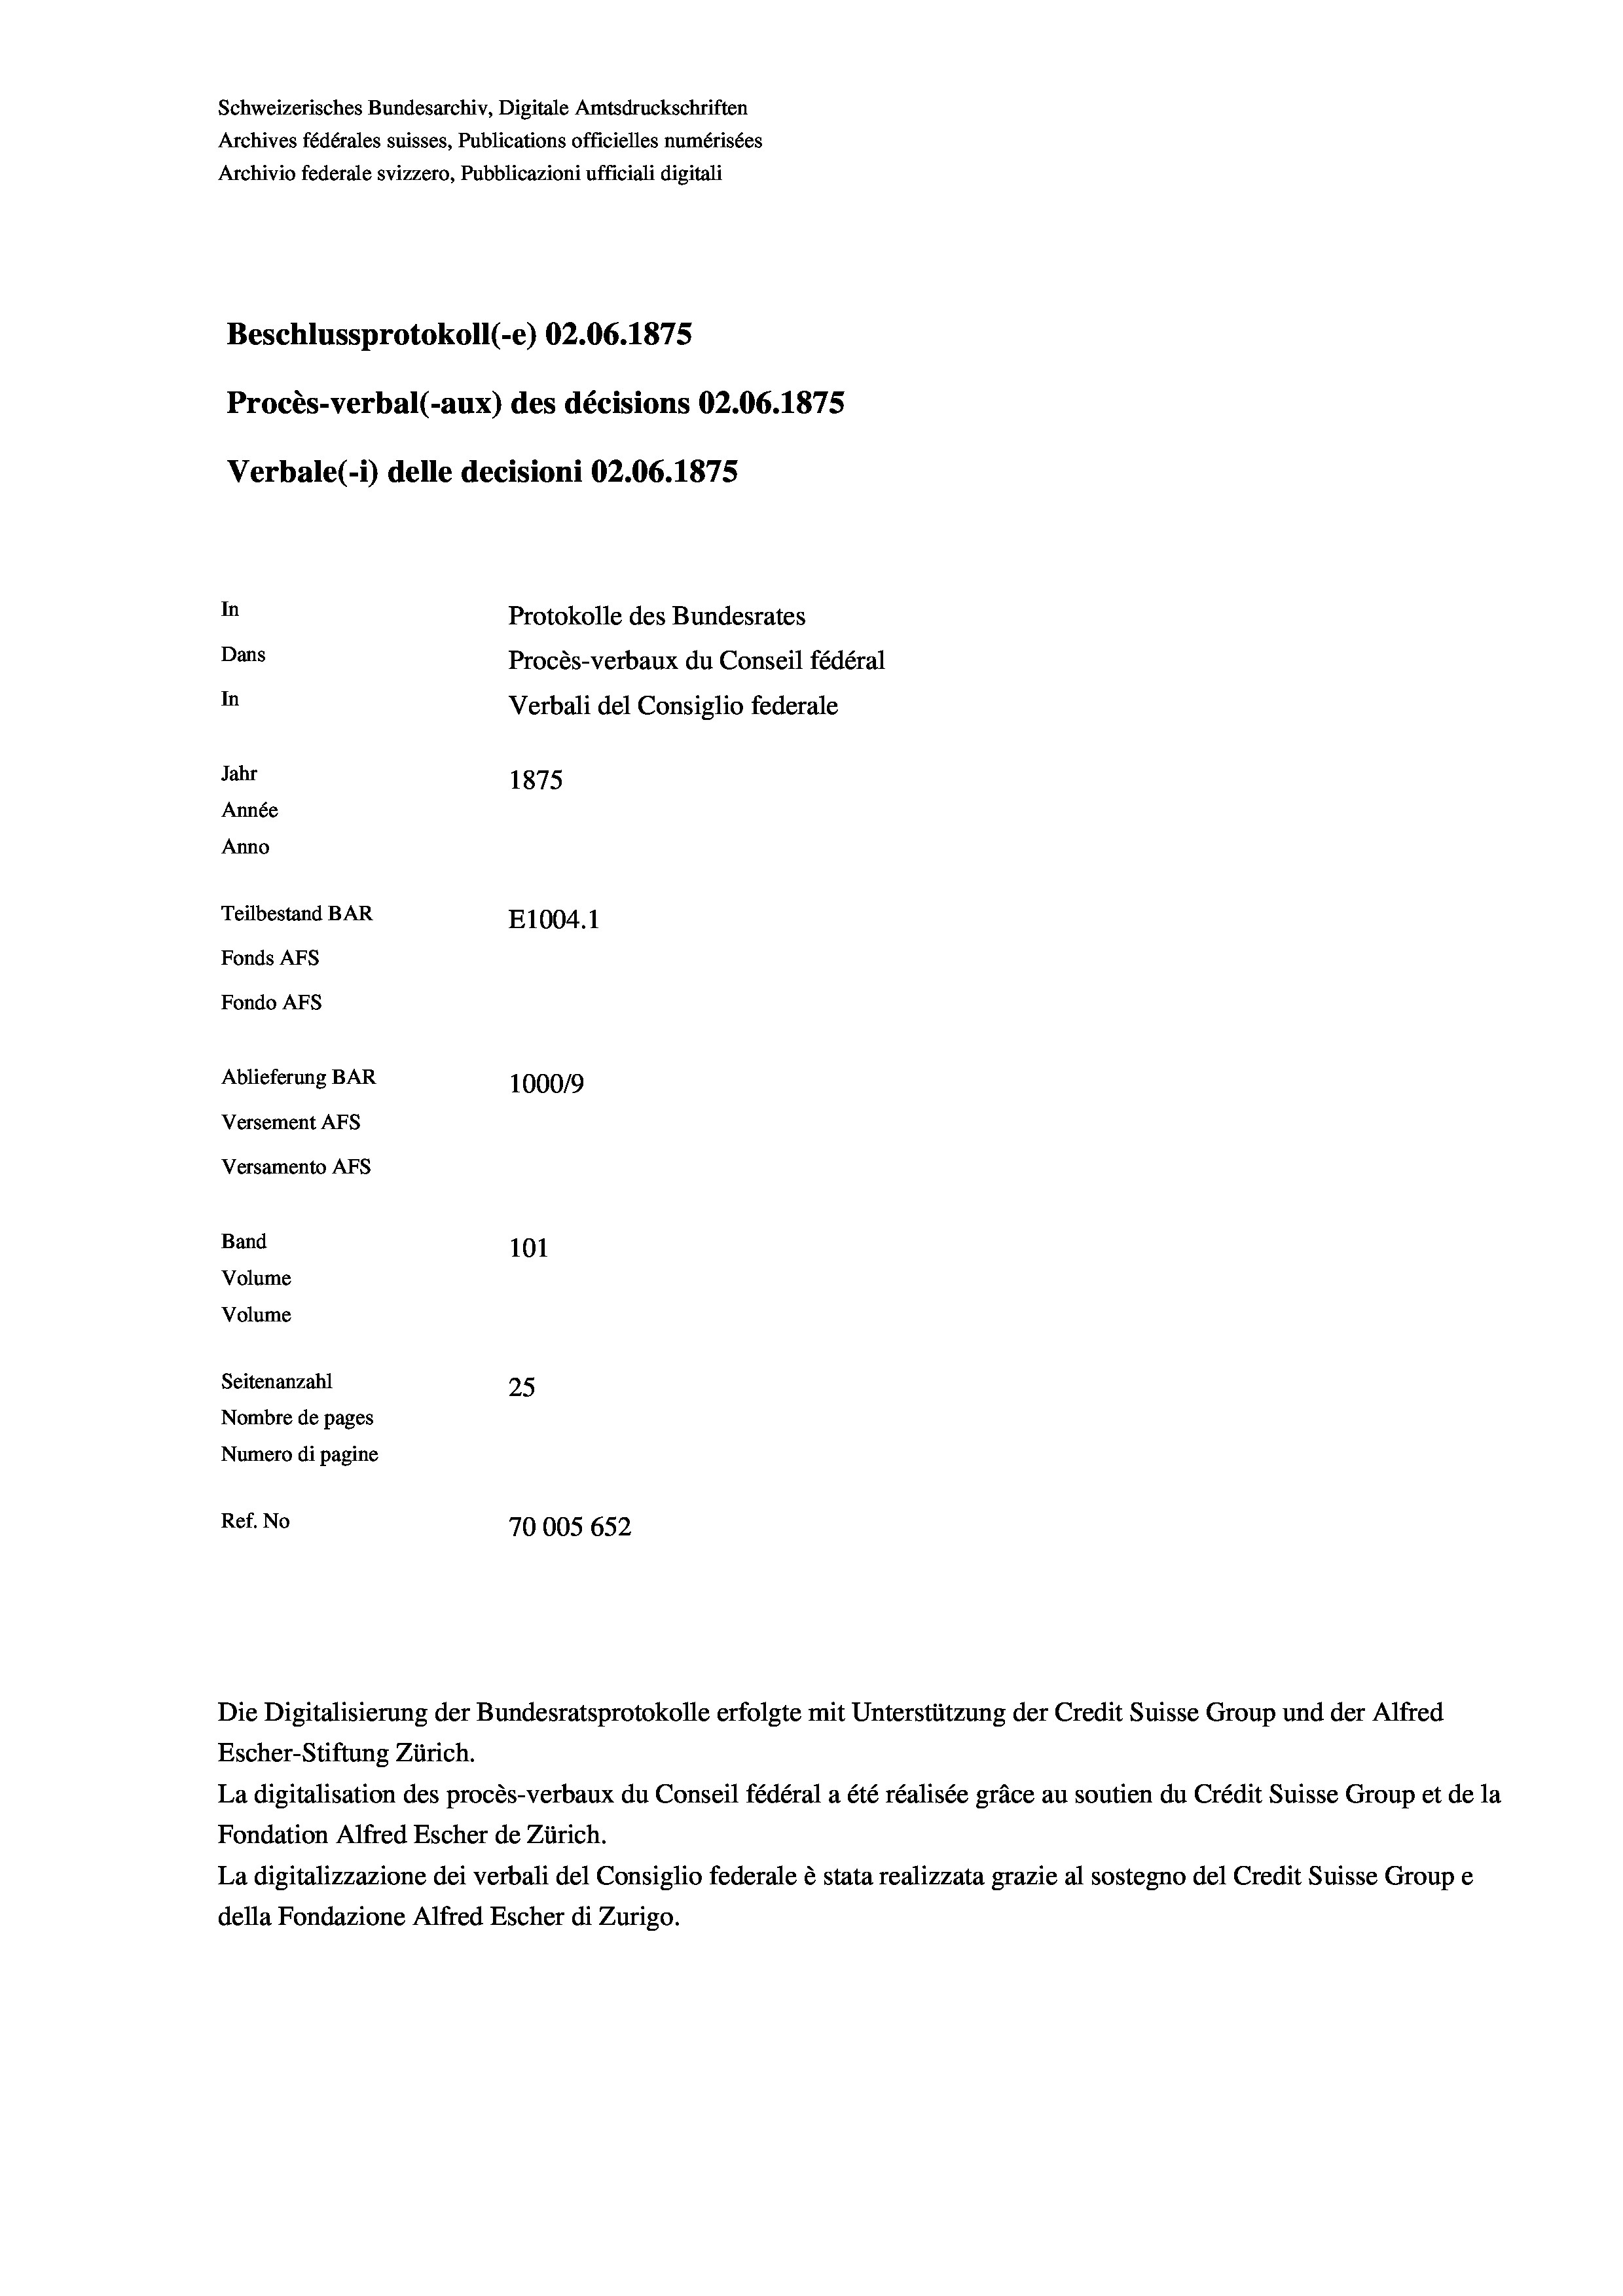
Schweizerisches Bundesarchiv, Digitale Amtsdruckschriften
Archives fédérales suisses, Publications officielles numérisées
Archivio federale svizzero, Pubblicazioni ufficiali digitali
Beschlussprotokoll (-e) 02.06. 1875
Procès-verbal (-aux) des décisions 02.06. 1875
Verbale (- 1) delle decisioni 02.06. 1875
In
Protokolle des Bundesrates
Dans
Procès-verbaux du Conseil fédéral
In
Verbali del Consiglio federale
Jahr
1875
Année
Anno
Teilbestand BAR
E1004. 1
Fonds AFs
Fondo AFs
Ablieferung BAR
100019
Versement AFS
Versamento AFS
Band
101

Seitenanzahl
25
Nombre de pages
Numero di pagine
Ref. No
70005 652

Volume
Volume

Die Digitalisierung der Bundesratsprotokolle erfolgte mit Unterstützung der Credit Suisse Group und der Alfred
Escher-Stiftung Zürich.
La digitalisation des procès-verbaux du Conseil fédéral a été réalisée gräce au soutien du Crédit Suisse Group et de la
Fondation Alfred Escher de Zürich.
La digitalizzazione dei verbali del Consiglio federale è stata realizzata grazie al sostegno del Credit Suisse Groupe
della Fondazione Alfred Escher di Zurigo.